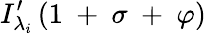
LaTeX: I_{\lambda_{i}}^{\prime}\left(1\mathrm{~+~}\sigma\mathrm{~+~}\varphi\right)